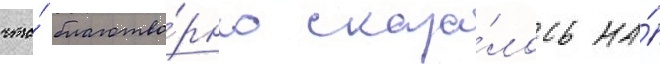
что́ благотво́рно сказа́лось на́